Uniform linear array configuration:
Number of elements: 64
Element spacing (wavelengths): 0.25
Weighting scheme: cosine
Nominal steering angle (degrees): -45
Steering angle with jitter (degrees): -45.234
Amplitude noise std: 0.05
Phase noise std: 0.05

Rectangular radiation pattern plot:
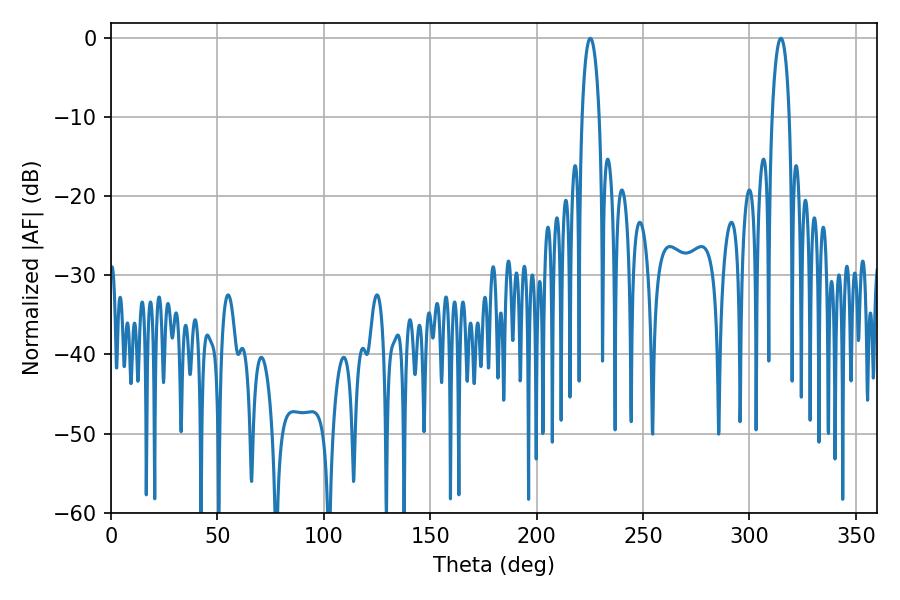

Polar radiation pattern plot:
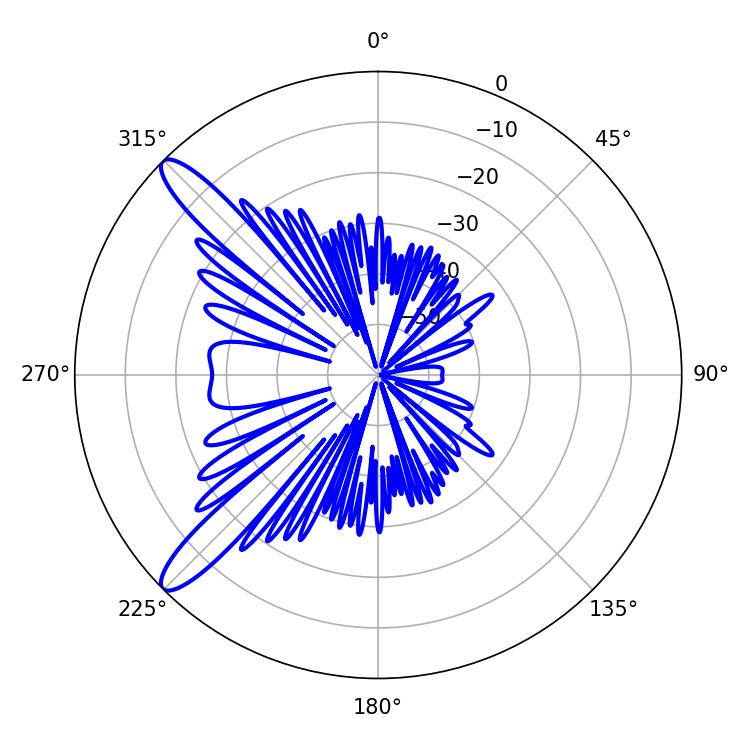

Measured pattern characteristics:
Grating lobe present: FALSE
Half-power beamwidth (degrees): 4.5
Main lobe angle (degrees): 225.18